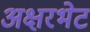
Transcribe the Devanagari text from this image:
अक्षरभेट